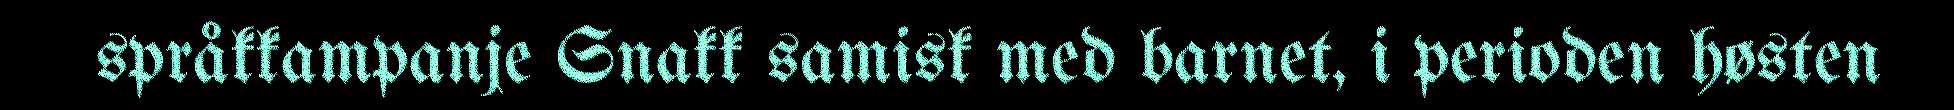
språkkampanje Snakk samisk med barnet, i perioden høsten